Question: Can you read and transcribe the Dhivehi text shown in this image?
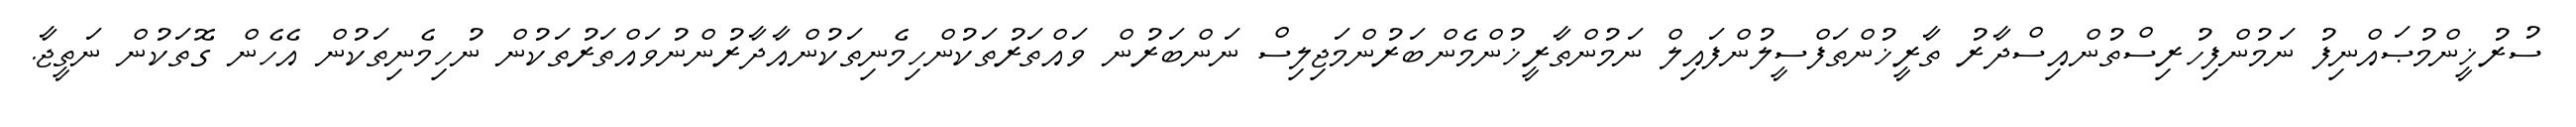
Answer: ސުރުޚީންމުޞައްނިފު ނަމުންފިހުރިސްތުންއިސްދާރު ތާރީޚުންތަފްސީލުންފައިލް ނަމުންތާރީޚުންމެންބަރުންމަޖިލިސް ނަންބަރުން ވައްތަރުތަކުންހިމެނިތަކުންއާދާރުންނުވައްތަރުތަކުން ނުހިމެނިތަކުން އެހެން ގޮތަކުން ނަތީޖާ.